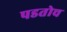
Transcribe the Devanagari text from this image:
पडतोच